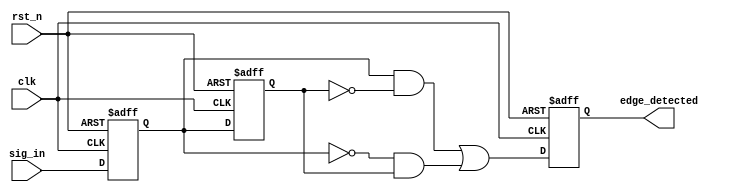
module glitch_free_edge_detector (
    input wire clk,          // Clock input
    input wire rst_n,       // Active low reset
    input wire sig_in,      // Input signal to detect edges
    output reg edge_detected // Output signal indicating detected edge
);

// Memory blocks to store current and previous state
reg sig_prev;             // Previous state of the input signal
reg sig_curr;             // Current state of the input signal

// Edge detection logic
always @(posedge clk or negedge rst_n) begin
    if (!rst_n) begin
        sig_prev <= 1'b0;  // Initialize previous state to 0
        sig_curr <= 1'b0;  // Initialize current state to 0
        edge_detected <= 1'b0; // Initialize edge detected output to 0
    end else begin
        // Store the current signal in the current memory
        sig_curr <= sig_in;

        // Edge detection logic:
        // Rising edge: Current = 1 and Previous = 0
        // Falling edge: Current = 0 and Previous = 1
        edge_detected <= (sig_curr && !sig_prev) || (!sig_curr && sig_prev);

        // Update previous state for next cycle
        sig_prev <= sig_curr;
    end
end

endmodule